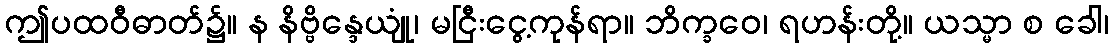
ဤပထဝီဓာတ်၌။ န နိဗ္ဗိန္ဒေယျုံ၊ မငြီးငွေ့ကုန်ရာ။ ဘိက္ခဝေ၊ ရဟန်းတို့။ ယသ္မာ စ ခေါ၊